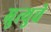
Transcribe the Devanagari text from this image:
म्रुत्युचे